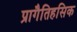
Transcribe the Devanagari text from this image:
प्रागैतिहसिक